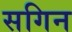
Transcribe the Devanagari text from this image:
सगिन